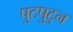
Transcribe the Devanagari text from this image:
पुटपुटुन